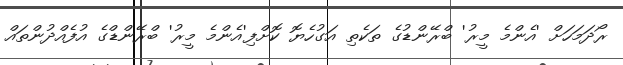
ރޯދަމަހަށް 'އެންމެ މީރު' ބްރޭންޑުގެ ތަކެތި އަގުހެޔޮ ކޮށްފި'އެންމެ މީރު' ބްރޭންޑްގެ އުފެއްދުންތައް